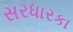
સરધારકા